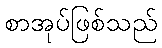
စာအုပ်ဖြစ်သည်